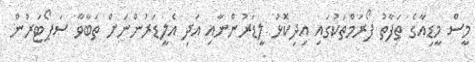
މީސް މީޑިއާގެ ތަފާތު ފޯރަމްތަކުގައި އިދިކޮޅު ލީޑަރުންނާއި އަދި އެލީޑަރުންނަށް ތަބާވާ ސަޕޯޓަރުން